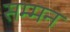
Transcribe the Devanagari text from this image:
सम्‍मन